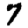
Digit: 7